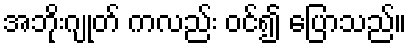
အဘိုးဂျုတ် ကလည်း ဝင်၍ ပြောသည်။